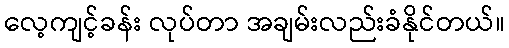
လေ့ကျင့်ခန်း လုပ်တာ အချမ်းလည်းခံနိုင်တယ်။